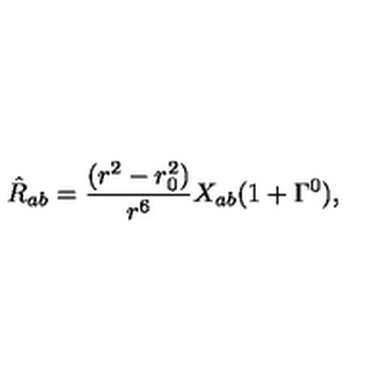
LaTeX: \hat { R } _ { a b } = \frac { ( r ^ { 2 } - r _ { 0 } ^ { 2 } ) } { r ^ { 6 } } X _ { a b } ( 1 + \Gamma ^ { 0 } ) ,